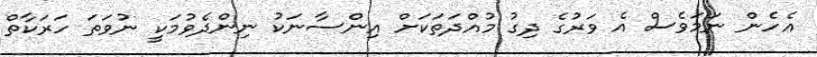
އެހެން ނަމަވެސް އެ ވަރުގެ ދިގު މުއްދަތަކަށް އިންސާނަކު ނިންދެވުމަކީ ނުވަތަ ހަރަކާތް